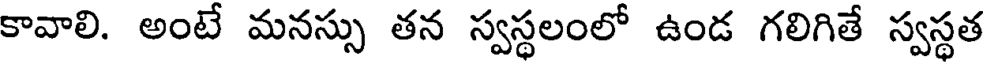
కావాలి. అంటే మనస్సు తన స్వస్థలంలో ఉండ గలిగితే స్వస్థత